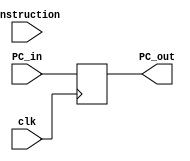
module nextPC (instruction,PC_in, PC_out,clk);
	input clk;
	input [31:0]PC_in;
	output reg[31:0] PC_out;
	input [31:0] instruction;
	initial begin
 	//PC_out=32'b0;
	end
	always @ (posedge clk )
	begin
				// PC_out <= PC_in;
			PC_out <= PC_in;
	end
	

endmodule